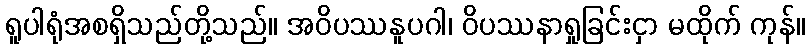
ရူပါရုံအစရှိသည်တို့သည်။ အဝိပဿနူပဂါ၊ ဝိပဿနာရှုခြင်းငှာ မထိုက် ကုန်။